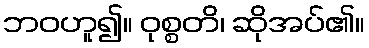
ဘဝဟူ၍။ ဝုစ္စတိ၊ ဆိုအပ်၏။